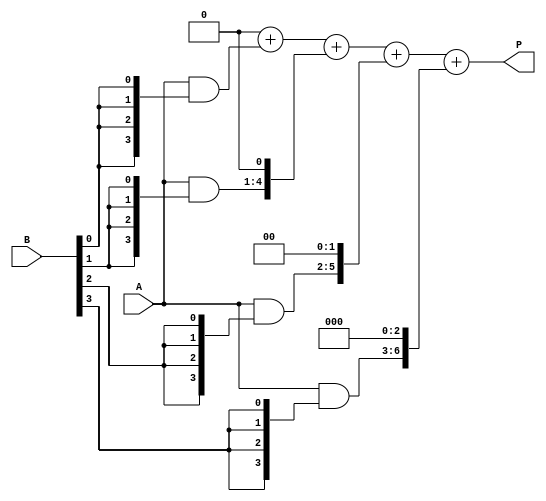
module array_multiplier #(parameter N = 4, M = 4) (
    input [N-1:0] A,    // Multiplicand
    input [M-1:0] B,    // Multiplier
    output reg [N+M-1:0] P // Product
);

    reg [N-1:0] partial_products[M-1:0]; // Array to hold partial products

    integer i, j;

    // Generate partial products
    always @(*) begin
        // Initialize product to 0
        P = 0;

        // Generate partial products
        for (i = 0; i < M; i = i + 1) begin
            partial_products[i] = A & {N{B[i]}}; // AND the multiplicand with the current bit of the multiplier
            // Shift the partial product based on the bit position of the multiplier
            // Note: This is done in the summation phase
        end

        // Sum the partial products to form the final product
        for (j = 0; j < M; j = j + 1) begin
            P = P + (partial_products[j] << j); // Shift left by j positions
        end
    end

endmodule